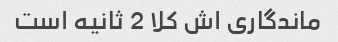
ماندگاری اش کلا 2 ثانیه است